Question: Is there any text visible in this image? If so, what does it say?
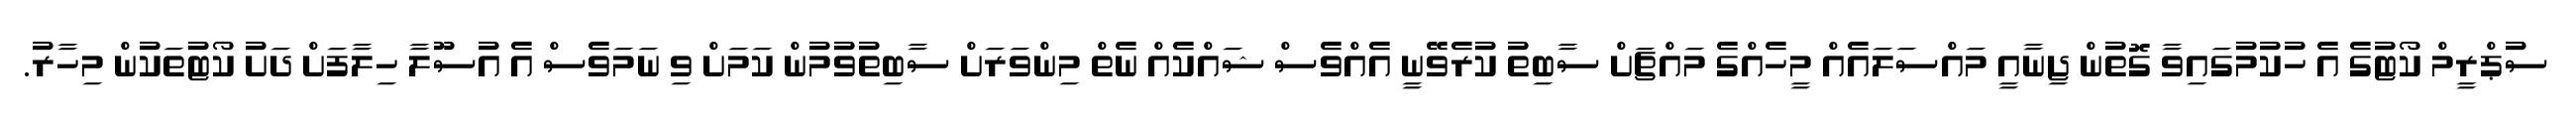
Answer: ސުޕްރީމް ކޯޓުގެ އެ ހުކުމުގައިވާ ގޮތުން ޖިނާއީ މައްސަލައެއް މީހެއްގެ މައްޗަށް ސާބިތު ކުރެވޭނީ އެއްވެސް ޝައްކެއް ނެތް މިންވަރަށް ސާބިތުވުމުން ކަމަށް ވި ނަމަވެސް އެ އުސޫލާ ހިލާފަށް ދަށު ކޯޓުތަކުން މިހާރު.